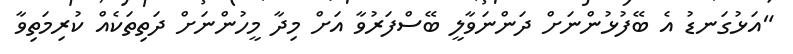
"އަޅުގަނޑު އެ ބޭފުޅުންނަށް ދަންނަވާލީ ބޭސްފަރުވާ އަށް މިދާ މީހުންނަށް ދަތިތަކެއް ކުރިމަތިވާ